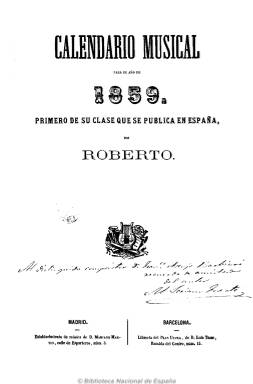
Título: Calendario musical
Colección: Música
Ámbito geográfico: Madrid
Lugar de publicación: Madrid Barcelona
Fechas: 01/01/1859-31/12/1860

Subtitulado como el “primero de su clase que se publica en España”, está redactado por Roberto, seudónimo de Mariano Soriano Fuertes (1817-188). Contiene efemérides musicales, descripciones y breves historias de establecimientos, escuelas, asociaciones e instituciones, como el Real Conservatorio de Música de Madrid o el Liceo Filarmónico Dramático de Barcelona, así como biografías, bibliografía, curiosidades e informaciones sobre teatros y compañías líricas y relaciones de establecimientos musicales y conservatorios europeos. También contiene textos en verso y partituras con música de M. Delgado y el propio Mariano Soriano. Fue impreso en Barcelona, y editó otro para el año bisiesto de 1860. Fue continuado por Calendario histórico musical, que Soriano publicó en 1873.